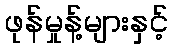
ဖုန်မှုန့်များနှင့်